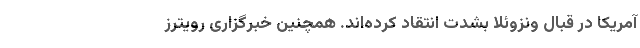
آمریکا در قبال ونزوئلا بشدت انتقاد کرده‌اند. همچنین خبرگزاری رویترز